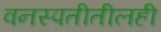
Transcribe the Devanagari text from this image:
वनस्पतीतीलही